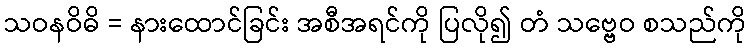
သဝနဝိဓိ = နားထောင်ခြင်း အစီအရင်ကို ပြလို၍ တံ သဗ္ဗေဝ စသည်ကို